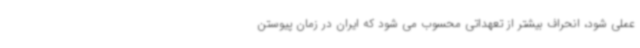
عملی شود، انحراف بیشتر از تعهداتی محسوب می شود که ایران در زمان پیوستن